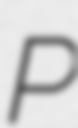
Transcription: P